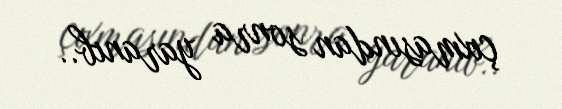
çıxmasından sonra yaranıb..